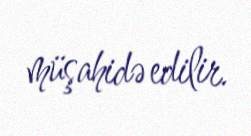
müşahidə edilir.